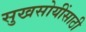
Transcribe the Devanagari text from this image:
सुखसोयींसाठी